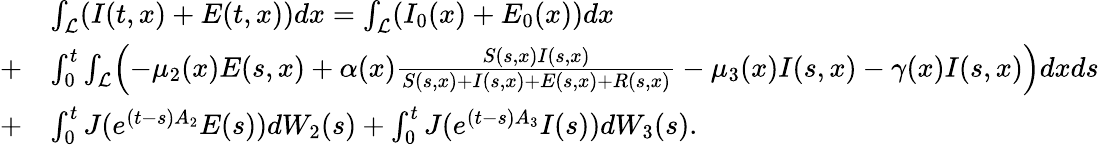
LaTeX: \begin{array}{rl}&{\int_{\mathcal{L}}(I(t,x)+E(t,x))dx=\int_{\mathcal{L}}(I_{0}(x)+E_{0}(x))dx}\\ {+}&{\int_{0}^{t}\int_{\mathcal{L}}\Bigl(-\mu_{2}(x)E(s,x)+\alpha(x)\frac{S(s,x)I(s,x)}{S(s,x)+I(s,x)+E(s,x)+R(s,x)}-\mu_{3}(x)I(s,x)-\gamma(x)I(s,x)\Bigr)dxds}\\ {+}&{\int_{0}^{t}J(e^{(t-s)A_{2}}E(s))dW_{2}(s)+\int_{0}^{t}J(e^{(t-s)A_{3}}I(s))dW_{3}(s).}\end{array}